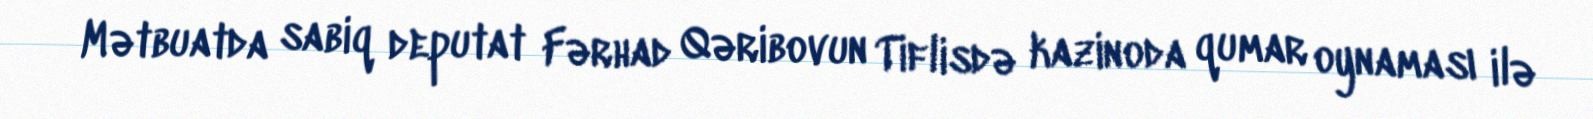
Mətbuatda sabiq deputat Fərhad Qəribovun Tiflisdə kazinoda qumar oynaması ilə